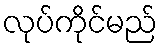
လုပ်ကိုင်မည်